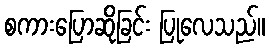
စကားပြောဆိုခြင်း ပြုလေသည်။